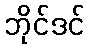
ဘိုင်ဒင်